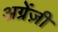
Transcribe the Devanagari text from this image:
अग्रेंज़ी